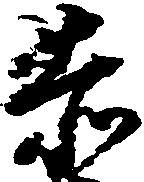
赤